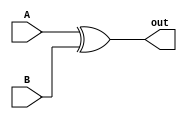
`timescale 1ns/1ps

module bitwiseXOR(
    input[31:0] A,
    input[31:0] B,
    output [31:0] out
);

    assign out = A ^ B;

endmodule